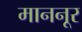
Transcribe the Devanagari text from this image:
माननूर